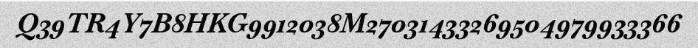
Q39TR4Y7B8HKG9912038M27031433269504979933366